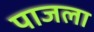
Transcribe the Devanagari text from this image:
पाजला